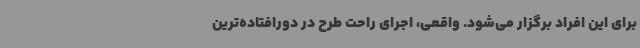
برای این افراد برگزار می‌شود. واقعی، اجرای راحت طرح در دورافتاده‌ترین